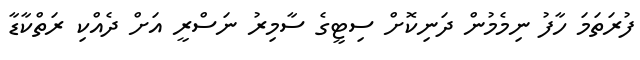
ފުރަތަމަ ހާފު ނިމެމުން ދަނިކޮށް ސިޓީގެ ސާމިރު ނަސްރީ އަށް ދެއްކި ރަތްކާޑާ